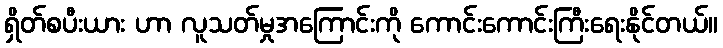
ရှိတ်စပီးယား ဟာ လူသတ်မှုအကြောင်းကို ကောင်းကောင်းကြီးရေးနိုင်တယ်။